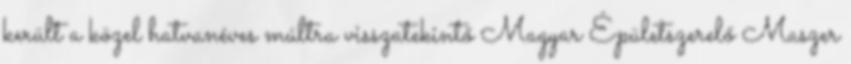
került a közel hatvanéves múltra visszatekintő Magyar Épületszerelő Maszer